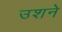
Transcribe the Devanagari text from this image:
उशने